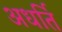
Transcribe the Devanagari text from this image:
अधर्ति